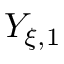
Y _ { \xi , 1 }